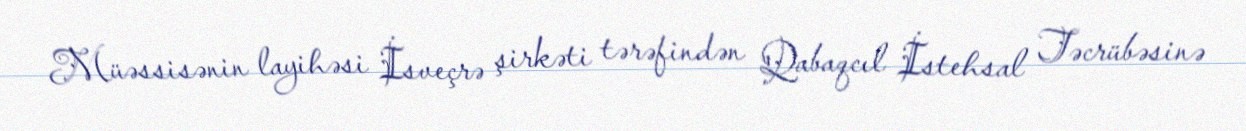
Müəssisənin layihəsi İsveçrə şirkəti tərəfindən Qabaqcıl İstehsal Təcrübəsinə